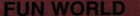
FUN WORLD